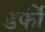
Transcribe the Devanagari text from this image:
डर्फी